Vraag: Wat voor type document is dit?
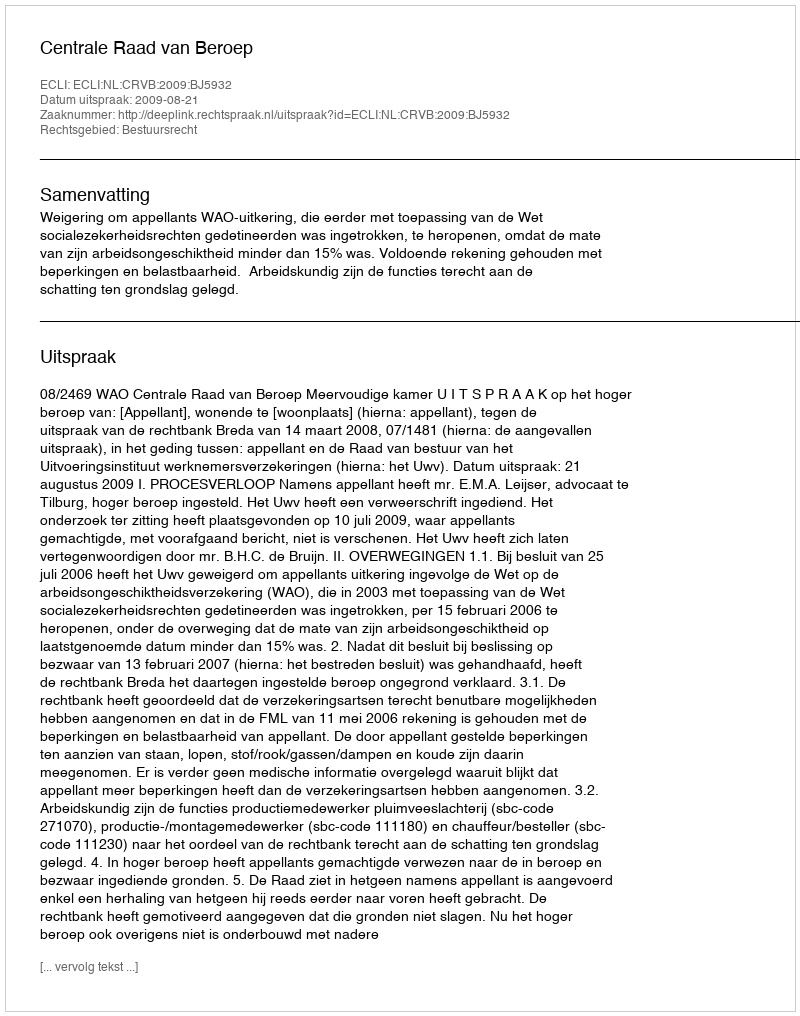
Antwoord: Uitspraak